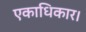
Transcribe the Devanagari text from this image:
एकाधिकार।